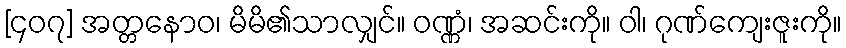
[၄၀၇] အတ္တနောဝ၊ မိမိ၏သာလျှင်။ ဝဏ္ဏံ၊ အဆင်းကို။ ဝါ၊ ဂုဏ်ကျေးဇူးကို။